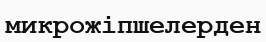
микрожіпшелерден